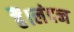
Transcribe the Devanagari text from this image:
हैं।लंदन